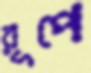
রূপে